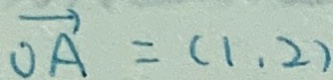
\overrightarrow { O A } = ( 1 , 2 )